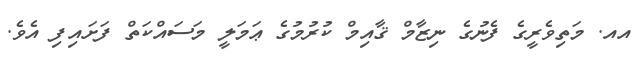
އއ. މަތިވެރީގެ ފެނުގެ ނިޒާމް ޤާއިމް ކުރުމުގެ ޢަމަލީ މަސައްކަތް ފަށައިފި އެވެ.